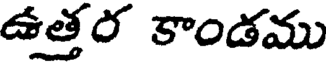
ఉత్తర కాండము